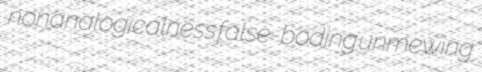
nonanalogicalness false-boding unmewing